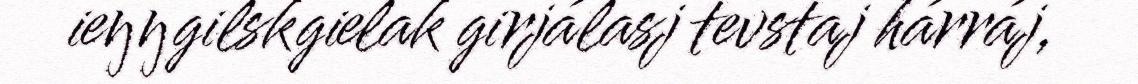
ieŋŋgilskgielak girjálasj tevstaj hárráj,